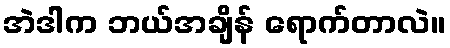
အဲဒါက ဘယ်အချိန် ရောက်တာလဲ။